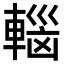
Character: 𮝟